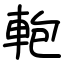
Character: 軳